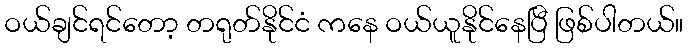
ဝယ်ချင်ရင်တော့ တရုတ်နိုင်ငံ ကနေ ဝယ်ယူနိုင်နေပြီ ဖြစ်ပါတယ်။